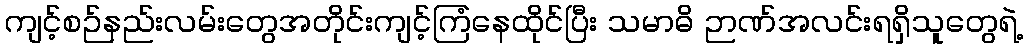
ကျင့်စဉ်နည်းလမ်းတွေအတိုင်းကျင့်ကြံနေထိုင်ပြီး သမာဓိ ဉာဏ်အလင်းရရှိသူတွေရဲ့